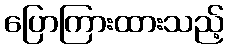
ပြောကြားထားသည့်